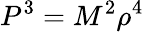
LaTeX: P^{3}=M^{2}\rho^{4}